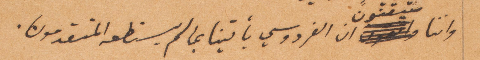
واننا متفقون ان الفردوسي يأتينا بما لم يستطعه المتقدمون.